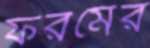
ফরমের